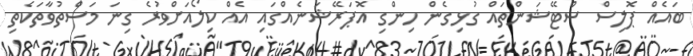
ބައެއް ޕޮލިސް ސްޓޭޝަންތައް ގުޅިގެން ހިންގި އޮޕަރޭޝަނެއްގައި އެއް ކިލޯއަށްވުރެ ގިނަ މަސްތުވާތަކެތި